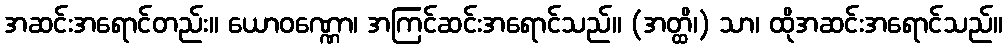
အဆင်းအရောင်တည်း။ ယောဝဏ္ဏော၊ အကြင်ဆင်းအရောင်သည်။ (အတ္ထိ၊) သာ၊ ထိုအဆင်းအရောင်သည်။